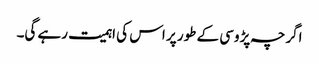
اگرچہ پڑوسی کے طور پر اس کی اہمیت رہے گی۔